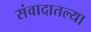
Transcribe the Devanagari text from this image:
संवादातल्या